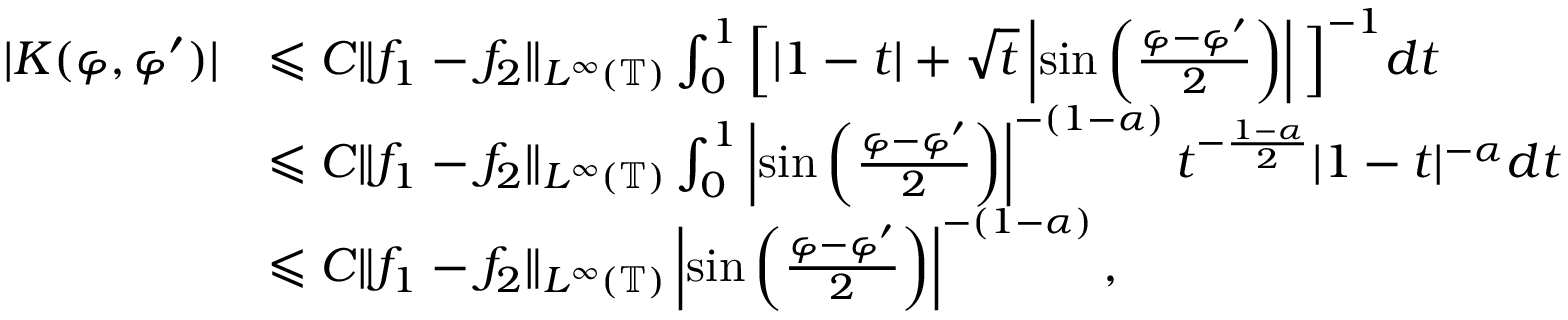
\begin{array} { r l } { | K ( \varphi , \varphi ^ { \prime } ) | } & { \leqslant C \| f _ { 1 } - f _ { 2 } \| _ { L ^ { \infty } ( \mathbb { T } ) } \int _ { 0 } ^ { 1 } \Big [ | 1 - t | + \sqrt { t } \left| \sin \left( \frac { \varphi - \varphi ^ { \prime } } { 2 } \right) \right| \Big ] ^ { - 1 } d t } \\ & { \leqslant C \| f _ { 1 } - f _ { 2 } \| _ { L ^ { \infty } ( \mathbb { T } ) } \int _ { 0 } ^ { 1 } \left| \sin \left( \frac { \varphi - \varphi ^ { \prime } } { 2 } \right) \right| ^ { - ( 1 - \alpha ) } t ^ { - \frac { 1 - \alpha } { 2 } } | 1 - t | ^ { - \alpha } d t } \\ & { \leqslant C \| f _ { 1 } - f _ { 2 } \| _ { L ^ { \infty } ( \mathbb { T } ) } \left| \sin \left( \frac { \varphi - \varphi ^ { \prime } } { 2 } \right) \right| ^ { - ( 1 - \alpha ) } , } \end{array}